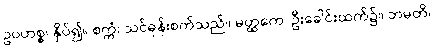
ဥပဟစ္စ၊ နှိပ်၍။ စက္ကံ၊ သင်ဓုန်းစက်သည်။ မတ္ထကေ၊ ဦးခေါင်းထက်၌။ ဘမတိ၊